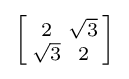
\left[{\begin{smallmatrix}2&{\sqrt {3}}\\{\sqrt {3}}&2\end{smallmatrix}}\right]